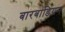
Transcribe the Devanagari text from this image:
बारबाडियन